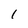
Character: I